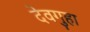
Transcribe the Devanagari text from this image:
देवगुहा